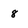
Character: 8